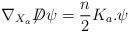
LaTeX: \begin{align*}\nabla_{X_a}\displaystyle{\not}D\psi=\frac{n}{2}K_a.\psi\end{align*}